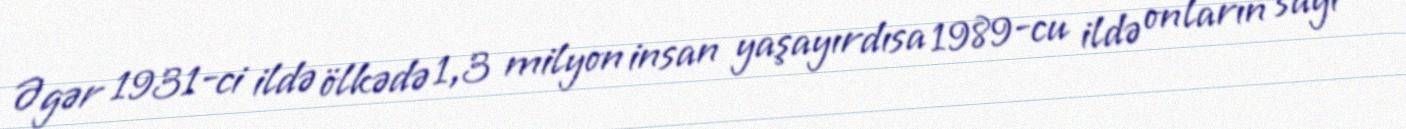
Əgər 1931-ci ildə ölkədə 1,3 milyon insan yaşayırdısa 1989-cu ildə onların sayı